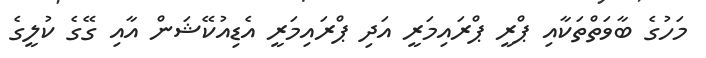
މަހުގެ ބާވަތްތަކާއި ޕްރީ ޕްރައިމަރީ އަދި ޕްރައިމަރީ އެޑިއުކޭޝަން އާއި ގޭގެ ކުލީގެ